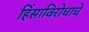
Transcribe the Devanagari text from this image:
हिंसाविरोधाचे